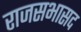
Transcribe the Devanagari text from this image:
राजसभासद